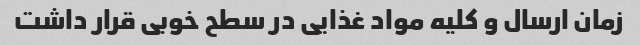
زمان ارسال و کلیه مواد غذایی در سطح خوبی قرار داشت